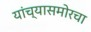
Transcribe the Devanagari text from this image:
यांच्यासमोरचा